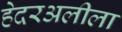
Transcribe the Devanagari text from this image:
हेदरअलीला